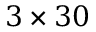
3 \times 3 0